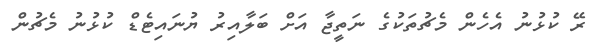
ރޭ ކުޅުނު އެހެން މެޗުތަކުގެ ނަތީޖާ އަށް ބަލާއިރު ޔުނައިޓެޑް ކުޅުނު މެޗުން